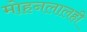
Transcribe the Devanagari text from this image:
मोहनलालही